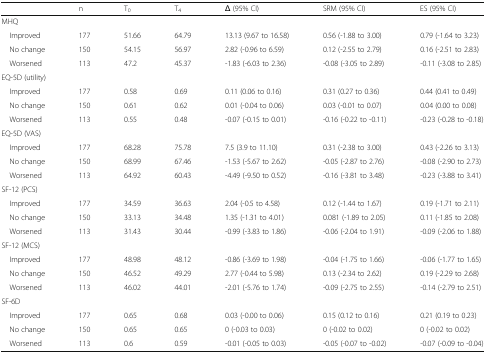
<table><thead><tr><td></td><td><b>n</b></td><td><b>T<sub>0</sub></b></td><td><b>T<sub>4</sub></b></td><td><b>Δ (95% CI)</b></td><td><b>SRM (95% CI)</b></td><td><b>ES (95% CI)</b></td></tr></thead><tbody><tr><td colspan="7">MHQ</td></tr><tr><td> Improved</td><td>177</td><td>51.66</td><td>64.79</td><td>13.13 (9.67 to 16.58)</td><td>0.56 (-1.88 to 3.00)</td><td>0.79 (-1.64 to 3.23)</td></tr><tr><td> No change</td><td>150</td><td>54.15</td><td>56.97</td><td>2.82 (-0.96 to 6.59)</td><td>0.12 (-2.55 to 2.79)</td><td>0.16 (-2.51 to 2.83)</td></tr><tr><td> Worsened</td><td>113</td><td>47.2</td><td>45.37</td><td>-1.83 (-6.03 to 2.36)</td><td>-0.08 (-3.05 to 2.89)</td><td>-0.11 (-3.08 to 2.85)</td></tr><tr><td colspan="7">EQ-5D (utility)</td></tr><tr><td> Improved</td><td>177</td><td>0.58</td><td>0.69</td><td>0.11 (0.06 to 0.16)</td><td>0.31 (0.27 to 0.36)</td><td>0.44 (0.41 to 0.49)</td></tr><tr><td> No change</td><td>150</td><td>0.61</td><td>0.62</td><td>0.01 (-0.04 to 0.06)</td><td>0.03 (-0.01 to 0.07)</td><td>0.04 (0.00 to 0.08)</td></tr><tr><td> Worsened</td><td>113</td><td>0.55</td><td>0.48</td><td>-0.07 (-0.15 to 0.01)</td><td>-0.16 (-0.22 to -0.11)</td><td>-0.23 (-0.28 to -0.18)</td></tr><tr><td colspan="7">EQ-5D (VAS)</td></tr><tr><td> Improved</td><td>177</td><td>68.28</td><td>75.78</td><td>7.5 (3.9 to 11.10)</td><td>0.31 (-2.38 to 3.00)</td><td>0.43 (-2.26 to 3.13)</td></tr><tr><td> No change</td><td>150</td><td>68.99</td><td>67.46</td><td>-1.53 (-5.67 to 2.62)</td><td>-0.05 (-2.87 to 2.76)</td><td>-0.08 (-2.90 to 2.73)</td></tr><tr><td> Worsened</td><td>113</td><td>64.92</td><td>60.43</td><td>-4.49 (-9.50 to 0.52)</td><td>-0.16 (-3.81 to 3.48)</td><td>-0.23 (-3.88 to 3.41)</td></tr><tr><td colspan="7">SF-12 (PCS)</td></tr><tr><td> Improved</td><td>177</td><td>34.59</td><td>36.63</td><td>2.04 (-0.5 to 4.58)</td><td>0.12 (-1.44 to 1.67)</td><td>0.19 (-1.71 to 2.11)</td></tr><tr><td> No change</td><td>150</td><td>33.13</td><td>34.48</td><td>1.35 (-1.31 to 4.01)</td><td>0.081 (-1.89 to 2.05)</td><td>0.11 (-1.85 to 2.08)</td></tr><tr><td> Worsened</td><td>113</td><td>31.43</td><td>30.44</td><td>-0.99 (-3.83 to 1.86)</td><td>-0.06 (-2.04 to 1.91)</td><td>-0.09 (-2.06 to 1.88)</td></tr><tr><td colspan="7">SF-12 (MCS)</td></tr><tr><td> Improved</td><td>177</td><td>48.98</td><td>48.12</td><td>-0.86 (-3.69 to 1.98)</td><td>-0.04 (-1.75 to 1.66)</td><td>-0.06 (-1.77 to 1.65)</td></tr><tr><td> No change</td><td>150</td><td>46.52</td><td>49.29</td><td>2.77 (-0.44 to 5.98)</td><td>0.13 (-2.34 to 2.62)</td><td>0.19 (-2.29 to 2.68)</td></tr><tr><td> Worsened</td><td>113</td><td>46.02</td><td>44.01</td><td>-2.01 (-5.76 to 1.74)</td><td>-0.09 (-2.75 to 2.55)</td><td>-0.14 (-2.79 to 2.51)</td></tr><tr><td colspan="7">SF-6D</td></tr><tr><td> Improved</td><td>177</td><td>0.65</td><td>0.68</td><td>0.03 (-0.00 to 0.06)</td><td>0.15 (0.12 to 0.16)</td><td>0.21 (0.19 to 0.23)</td></tr><tr><td> No change</td><td>150</td><td>0.65</td><td>0.65</td><td>0 (-0.03 to 0.03)</td><td>0 (-0.02 to 0.02)</td><td>0 (-0.02 to 0.02)</td></tr><tr><td> Worsened</td><td>113</td><td>0.6</td><td>0.59</td><td>-0.01 (-0.05 to 0.03)</td><td>-0.05 (-0.07 to -0.02)</td><td>-0.07 (-0.09 to -0.04)</td></tr></tbody></table>